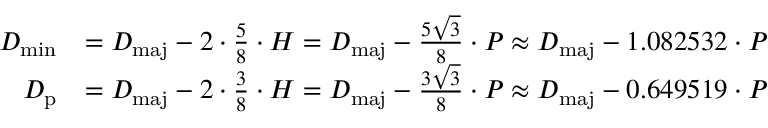
{ \begin{array} { r l } { D _ { \mathrm { m i n } } } & { = D _ { \mathrm { m a j } } - 2 \cdot { \frac { 5 } { 8 } } \cdot H = D _ { \mathrm { m a j } } - { \frac { 5 { \sqrt { 3 } } } { 8 } } \cdot P \approx D _ { \mathrm { m a j } } - 1 . 0 8 2 5 3 2 \cdot P } \\ { D _ { \mathrm { p } } } & { = D _ { \mathrm { m a j } } - 2 \cdot { \frac { 3 } { 8 } } \cdot H = D _ { \mathrm { m a j } } - { \frac { 3 { \sqrt { 3 } } } { 8 } } \cdot P \approx D _ { \mathrm { m a j } } - 0 . 6 4 9 5 1 9 \cdot P } \end{array} }